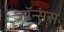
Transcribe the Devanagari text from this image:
जॉन्संस